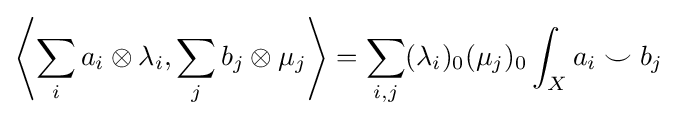
\left\langle \sum _{i}a_{i}\otimes \lambda _{i},\sum _{j}b_{j}\otimes \mu _{j}\right\rangle =\sum _{i,j}(\lambda _{i})_{0}(\mu _{j})_{0}\int _{X}a_{i}\smile b_{j}